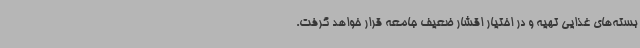
بسته‌های غذایی تهیه و در اختیار اقشار ضعیف جامعه قرار خواهد گرفت.